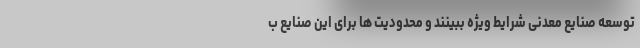
توسعه صنایع معدنی شرایط ویژه ببینند و محدودیت ها برای این صنایع ب